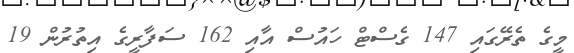
މީގެ ތެރޭގައި 147 ގެސްޓް ހައުސް އާއި 162 ސަފާރީގެ އިތުރުން 19